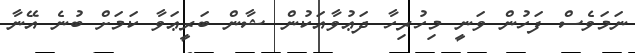
ނަމަވެސް ފަހުން ވަނީ މިހުރިހާ ދަޢުވާއަކުން ޝާން ބަރީޢަވާ ކަމަށް ބުނެ އޭނާ